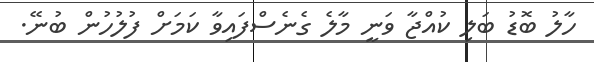
ހާލު ބޮޑު ބަލި ކުއްޖާ ވަނީ މާލެ ގެނެސްފައިވާ ކަމަށް ފުލުހުން ބުނޭ.